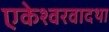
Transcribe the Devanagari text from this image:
एकेश्वरवादथा